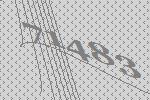
71483